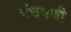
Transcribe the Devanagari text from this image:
पंचमणी